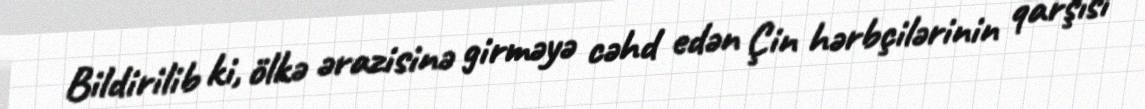
Bildirilib ki, ölkə ərazisinə girməyə cəhd edən Çin hərbçilərinin qarşısı